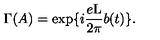
\Gamma ( A ) = \exp \{ i \frac { e \mathrm { L } } { 2 \pi } b ( t ) \} .